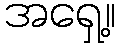
အရှေ့။